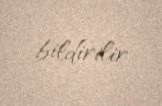
bildirilir.